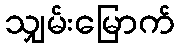
သျှမ်းမြောက်